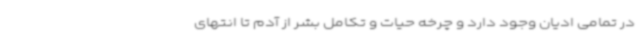
در تمامی ادیان وجود دارد و چرخه حیات و تکامل بشر از آدم تا انتهای